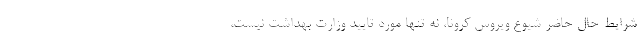
شرایط حال حاضر شیوع ویروس کرونا، نه تنها مورد تایید وزارت بهداشت نیست،